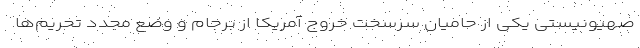
صهیونیستی یکی از حامیان سرسخت خروج آمریکا از برجام و وضع مجدد تحریم‌ها